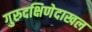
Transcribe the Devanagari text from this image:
गुरुदक्षिणेदाखल